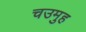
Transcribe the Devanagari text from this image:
चउमुह